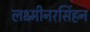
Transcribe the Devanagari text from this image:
लक्ष्मीनरसिंहन